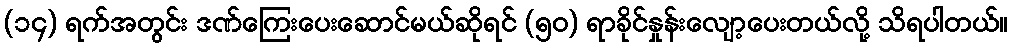
(၁၄) ရက်အတွင်း ဒဏ်ကြေးပေးဆောင်မယ်ဆိုရင် (၅၀) ရာခိုင်နှုန်းလျော့ပေးတယ်လို့ သိရပါတယ်။